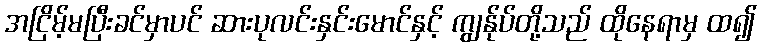
အငြိမ့်မပြီးခင်မှာပင် ဆားပုလင်းနှင်းမောင်နှင့် ကျွန်ုပ်တို့သည် ထိုနေရာမှ ထ၍